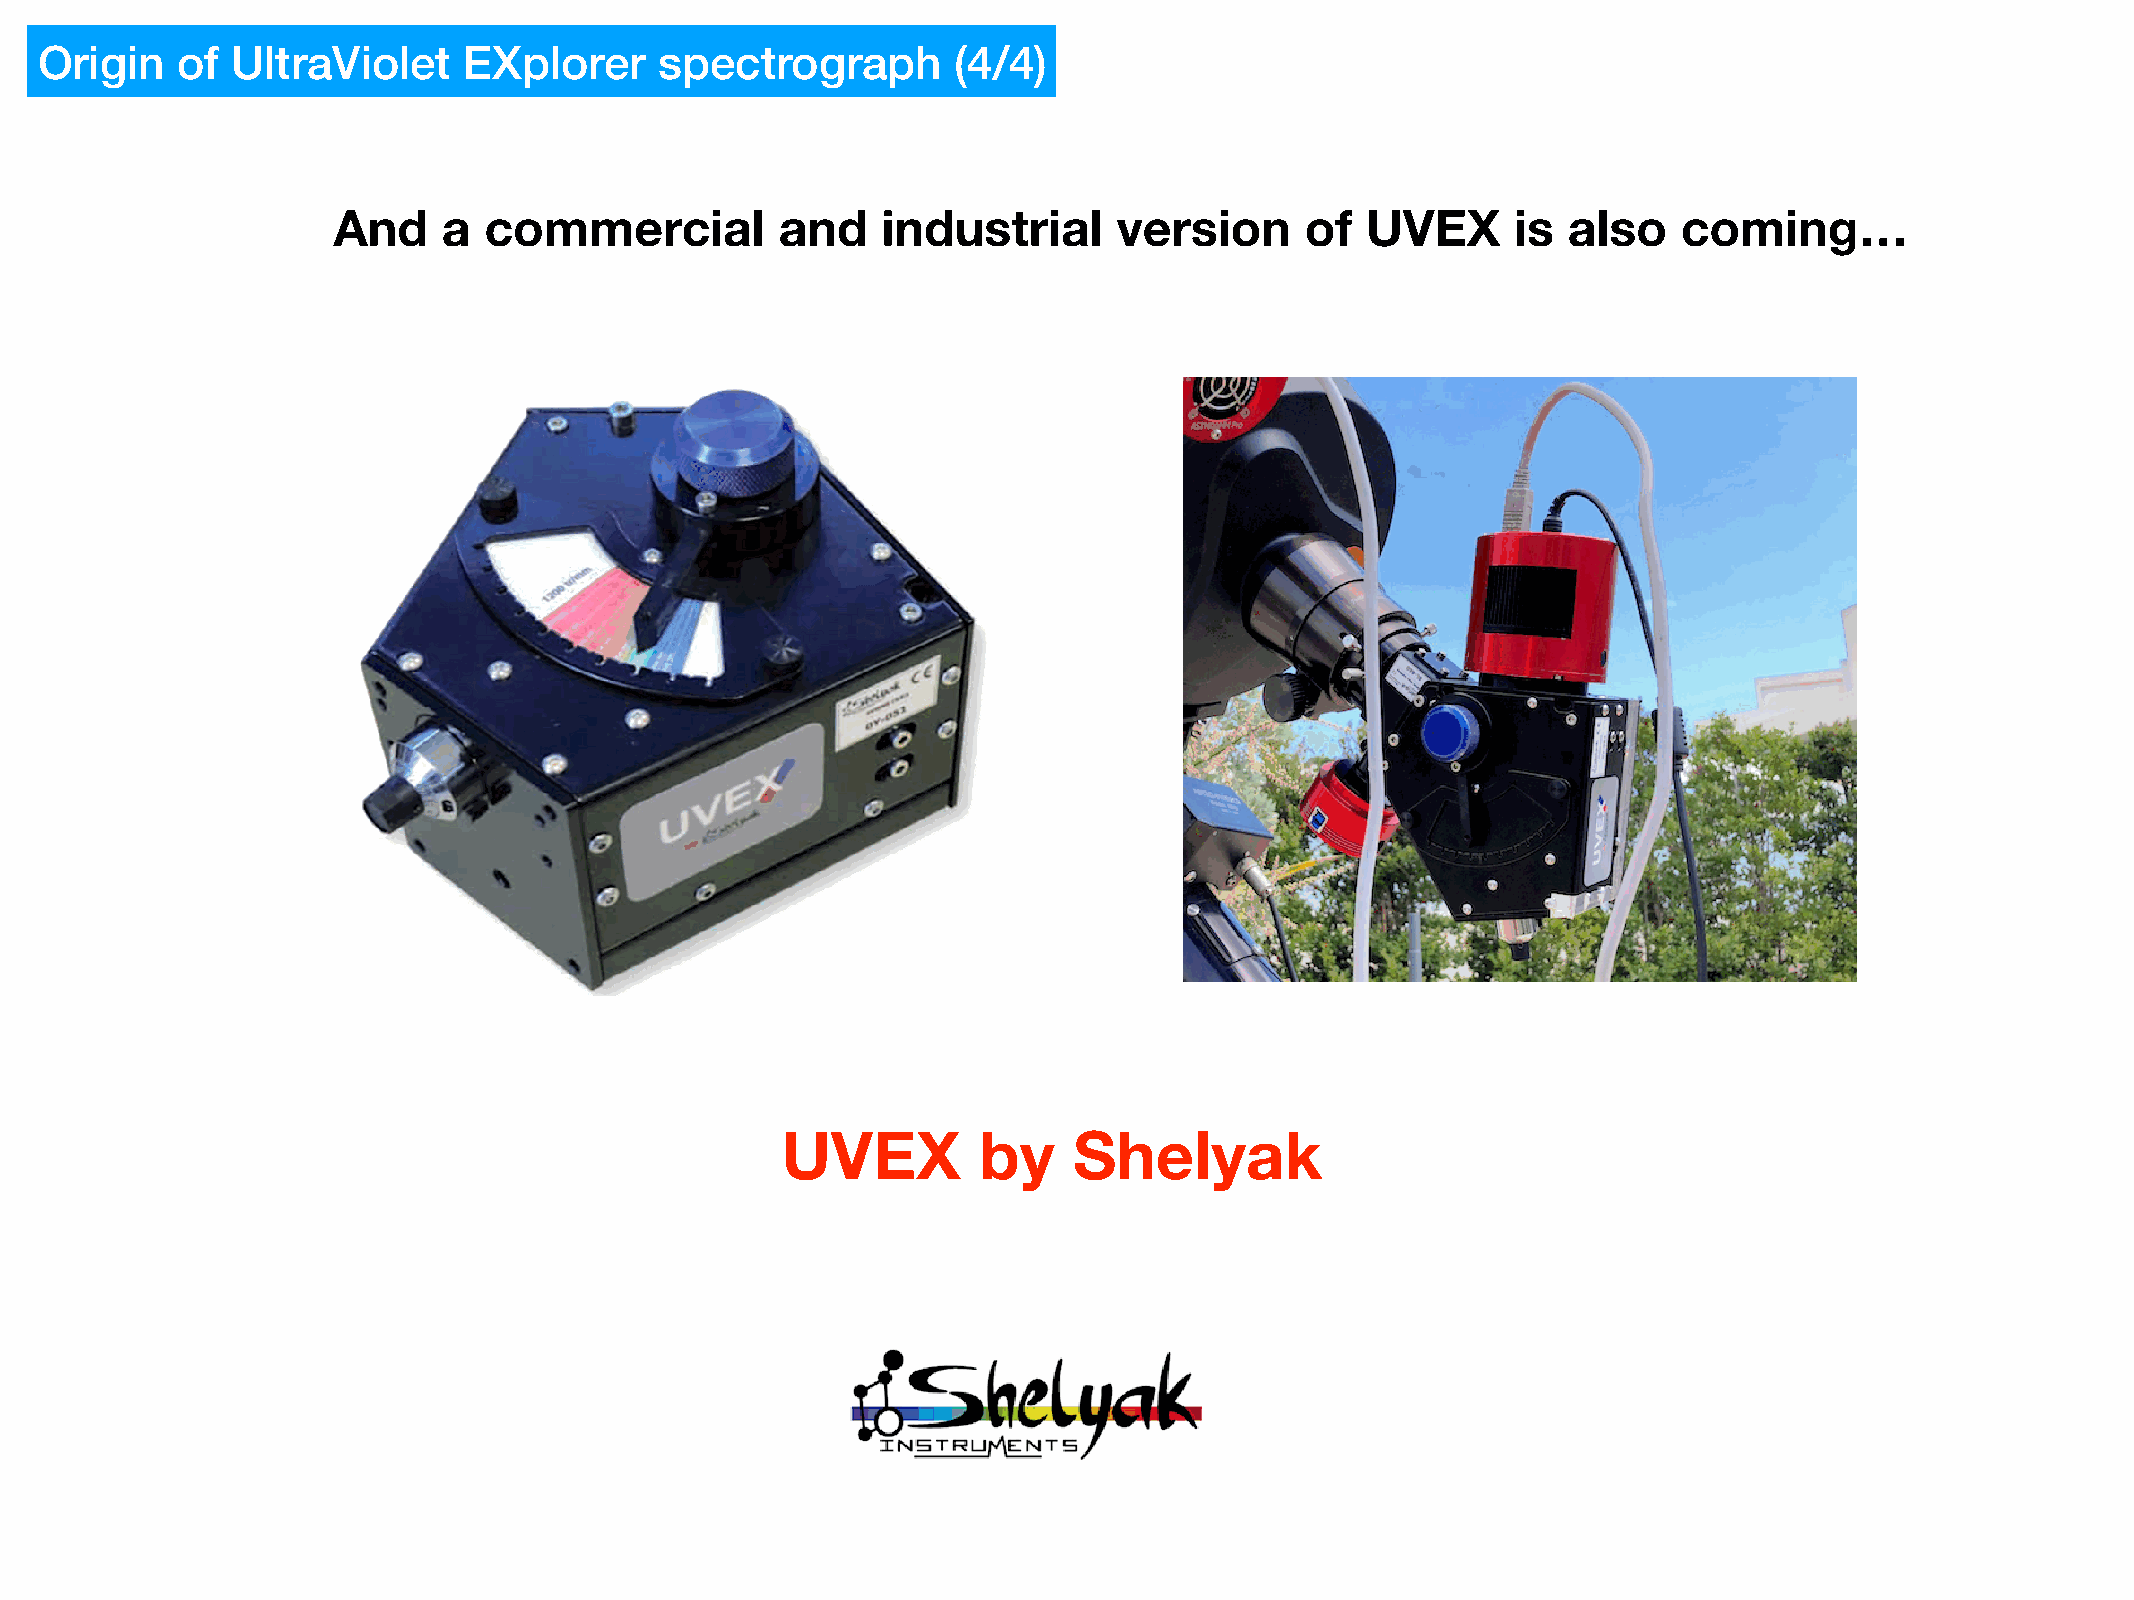
Origin    of UltraViolet     EXplorer     spectrograph       (4/4)
 And    a  commercial          and   industrial      version     of  UVEX      is  also   coming…
 UVEX         by    Shelyak